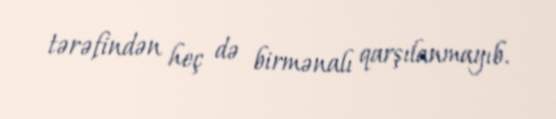
tərəfindən heç də birmənalı qarşılanmayıb.